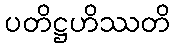
ပတိဋ္ဌဟိဿတိ